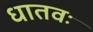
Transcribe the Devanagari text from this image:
धातवः